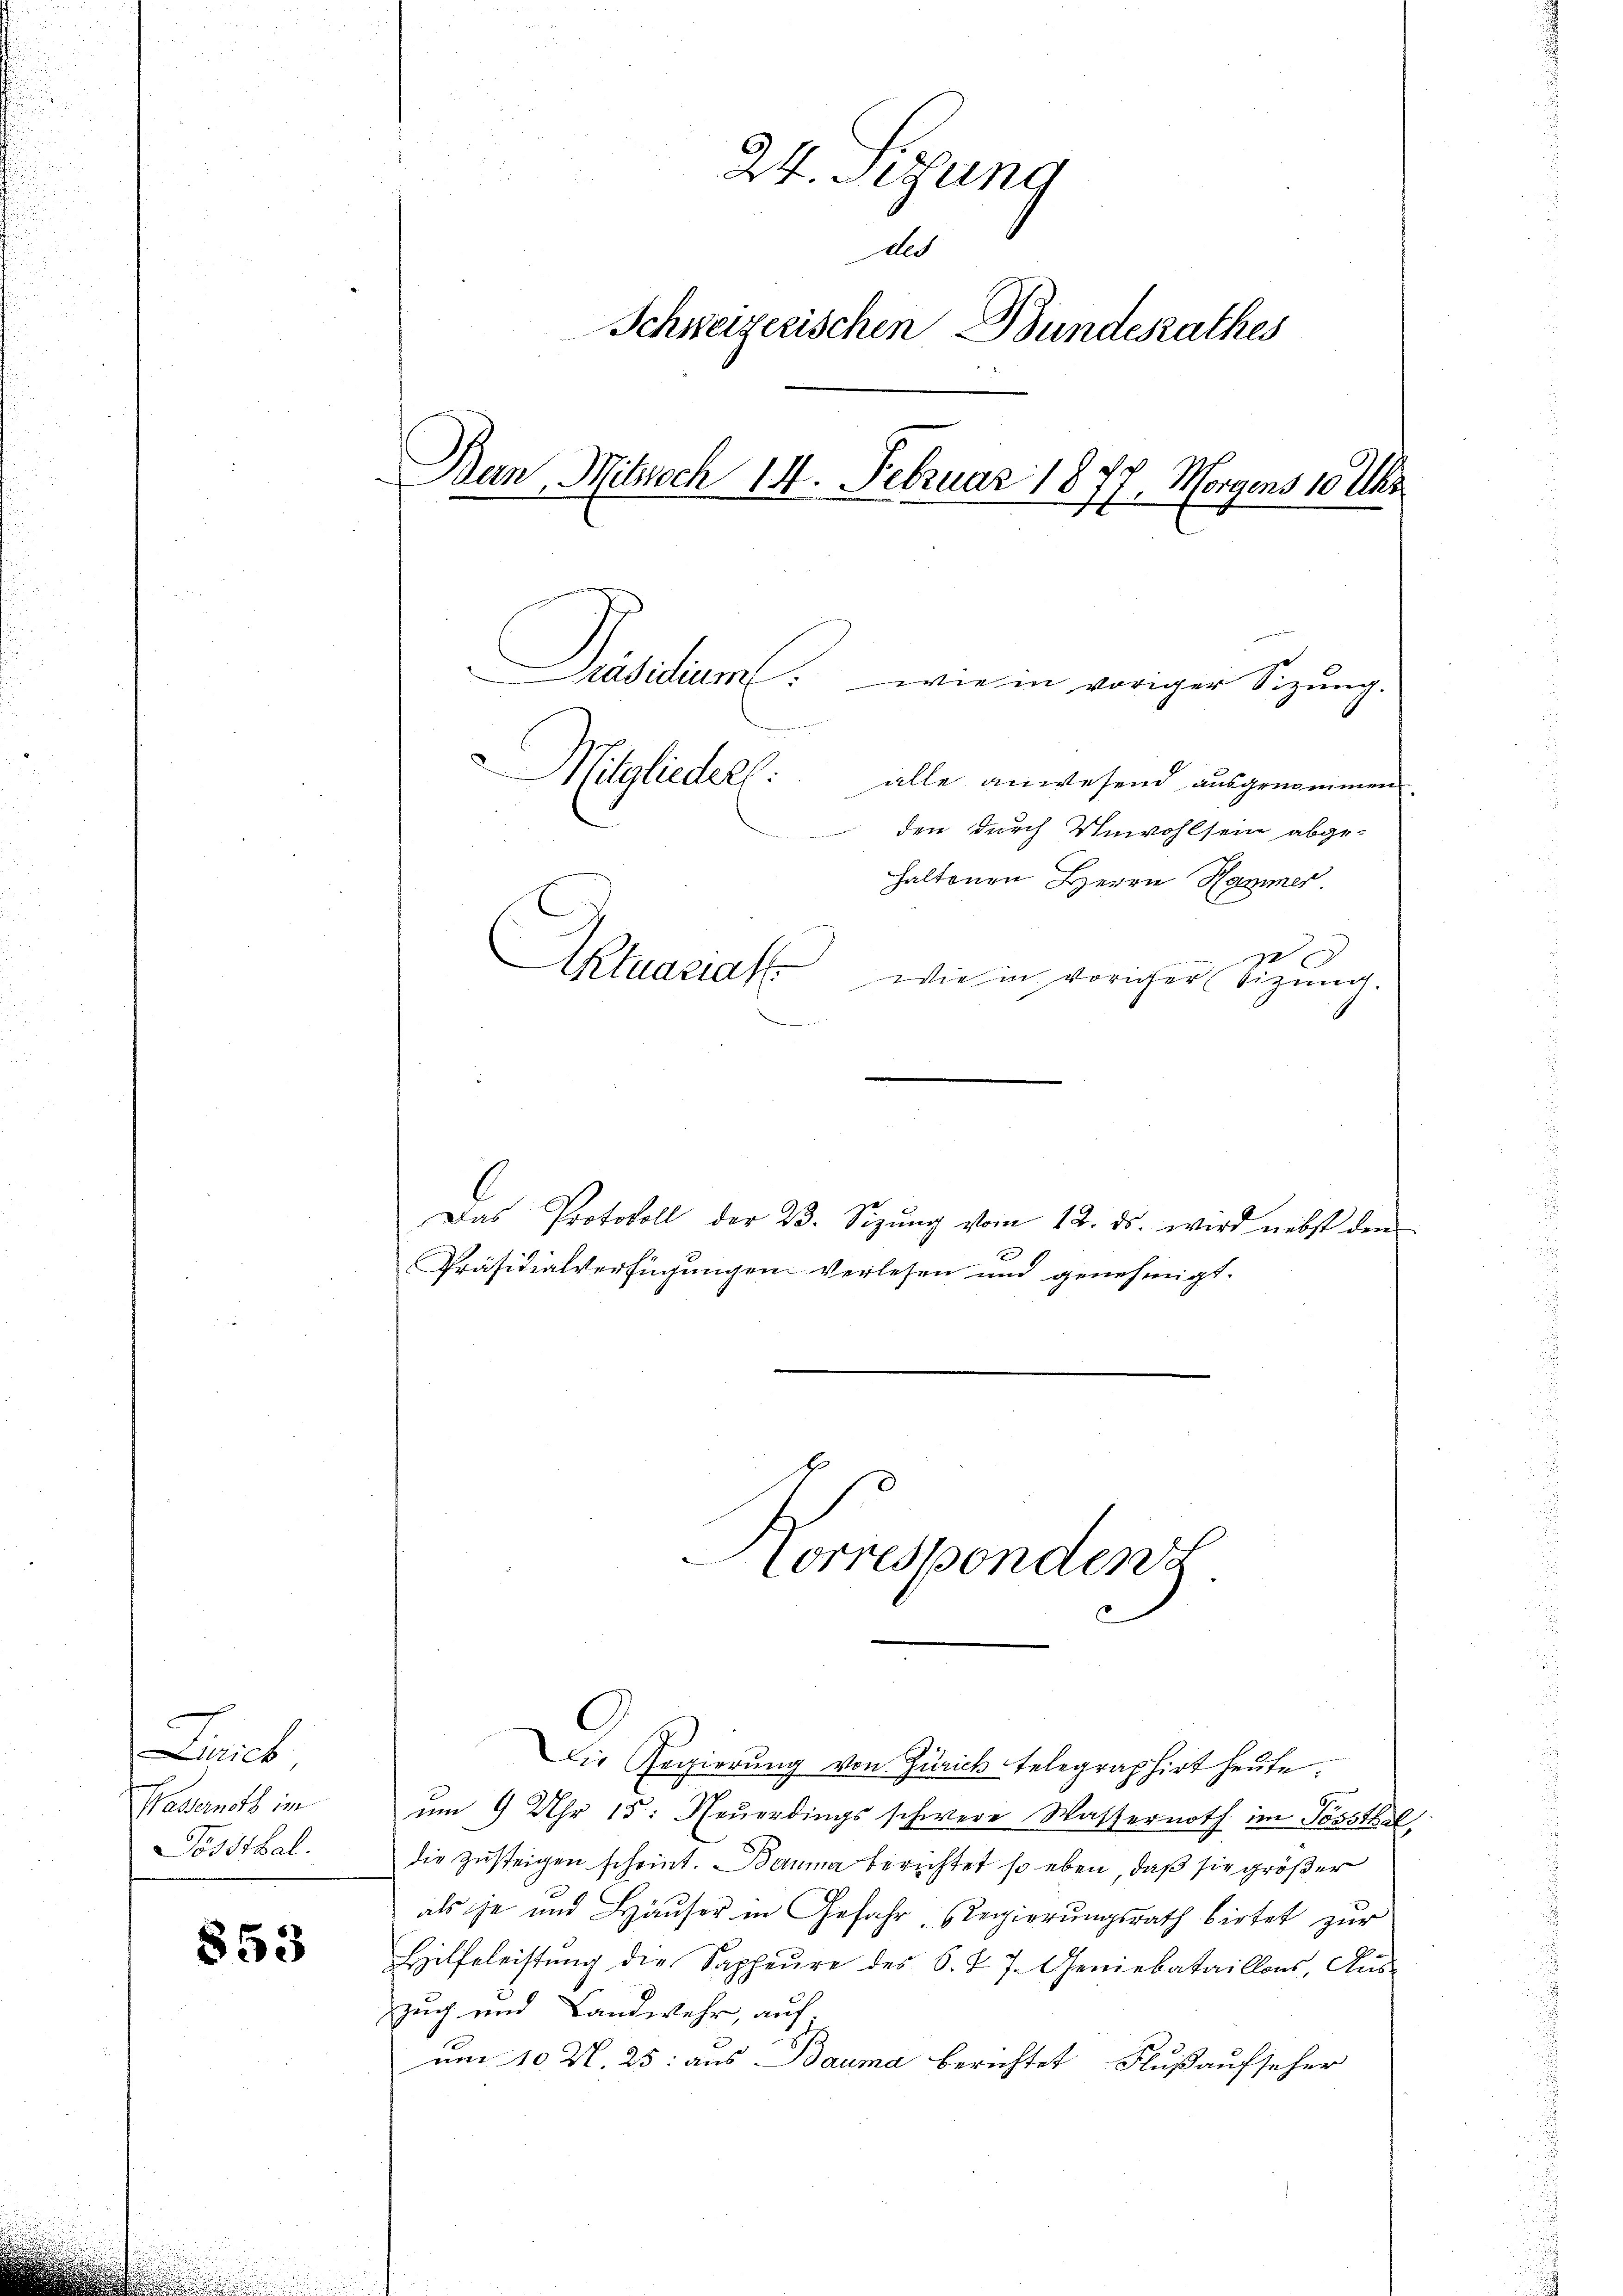
Linich
Wasserneth im
Dossthal.

853

24. Sitzung
de
Schweizerischen Bundesrathes
Ban, Mitzoch 14. Februar 1877. Morgens 10 Uhr
räsidium wie in voriger Sizung.
Mitgliedell.
alle anwesend ausgenommen.
den durch Unwohlsein abge-
haltenen Herrn Hammer
Aktuariat
wie in voriger Sitzung.

Das Protokoll der 23. Sizŭng vom 12. ds. wird nebst den
Präsidialverfügungen verlesen und genehmigt.
Horresponden
Die Regierŭng von Zürich telegraphirt heute.
um 9 Uhr 15: Neuerdings schwere Wassernoth im Posstel
die Zusteigen scheint. Bauma berichtet so eben, daß sie größer
als je und Häuser in Gefahr, Regierungsrath bietet zur
Hilfeleistung die Sapheure des S. J. J. Geniebataillons, Aus
zug und Landwehr, auf
um 10. N. 25: aus Bauma berichtet, Flußaufseher